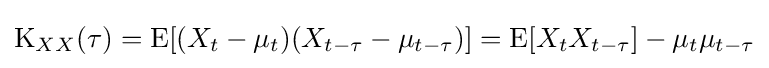
\operatorname {K} _{XX}(\tau )=\operatorname {E} [(X_{t}-\mu _{t})(X_{t-\tau }-\mu _{t-\tau })]=\operatorname {E} [X_{t}X_{t-\tau }]-\mu _{t}\mu _{t-\tau }